Leningradi_Edasi_toimetus, lk 19
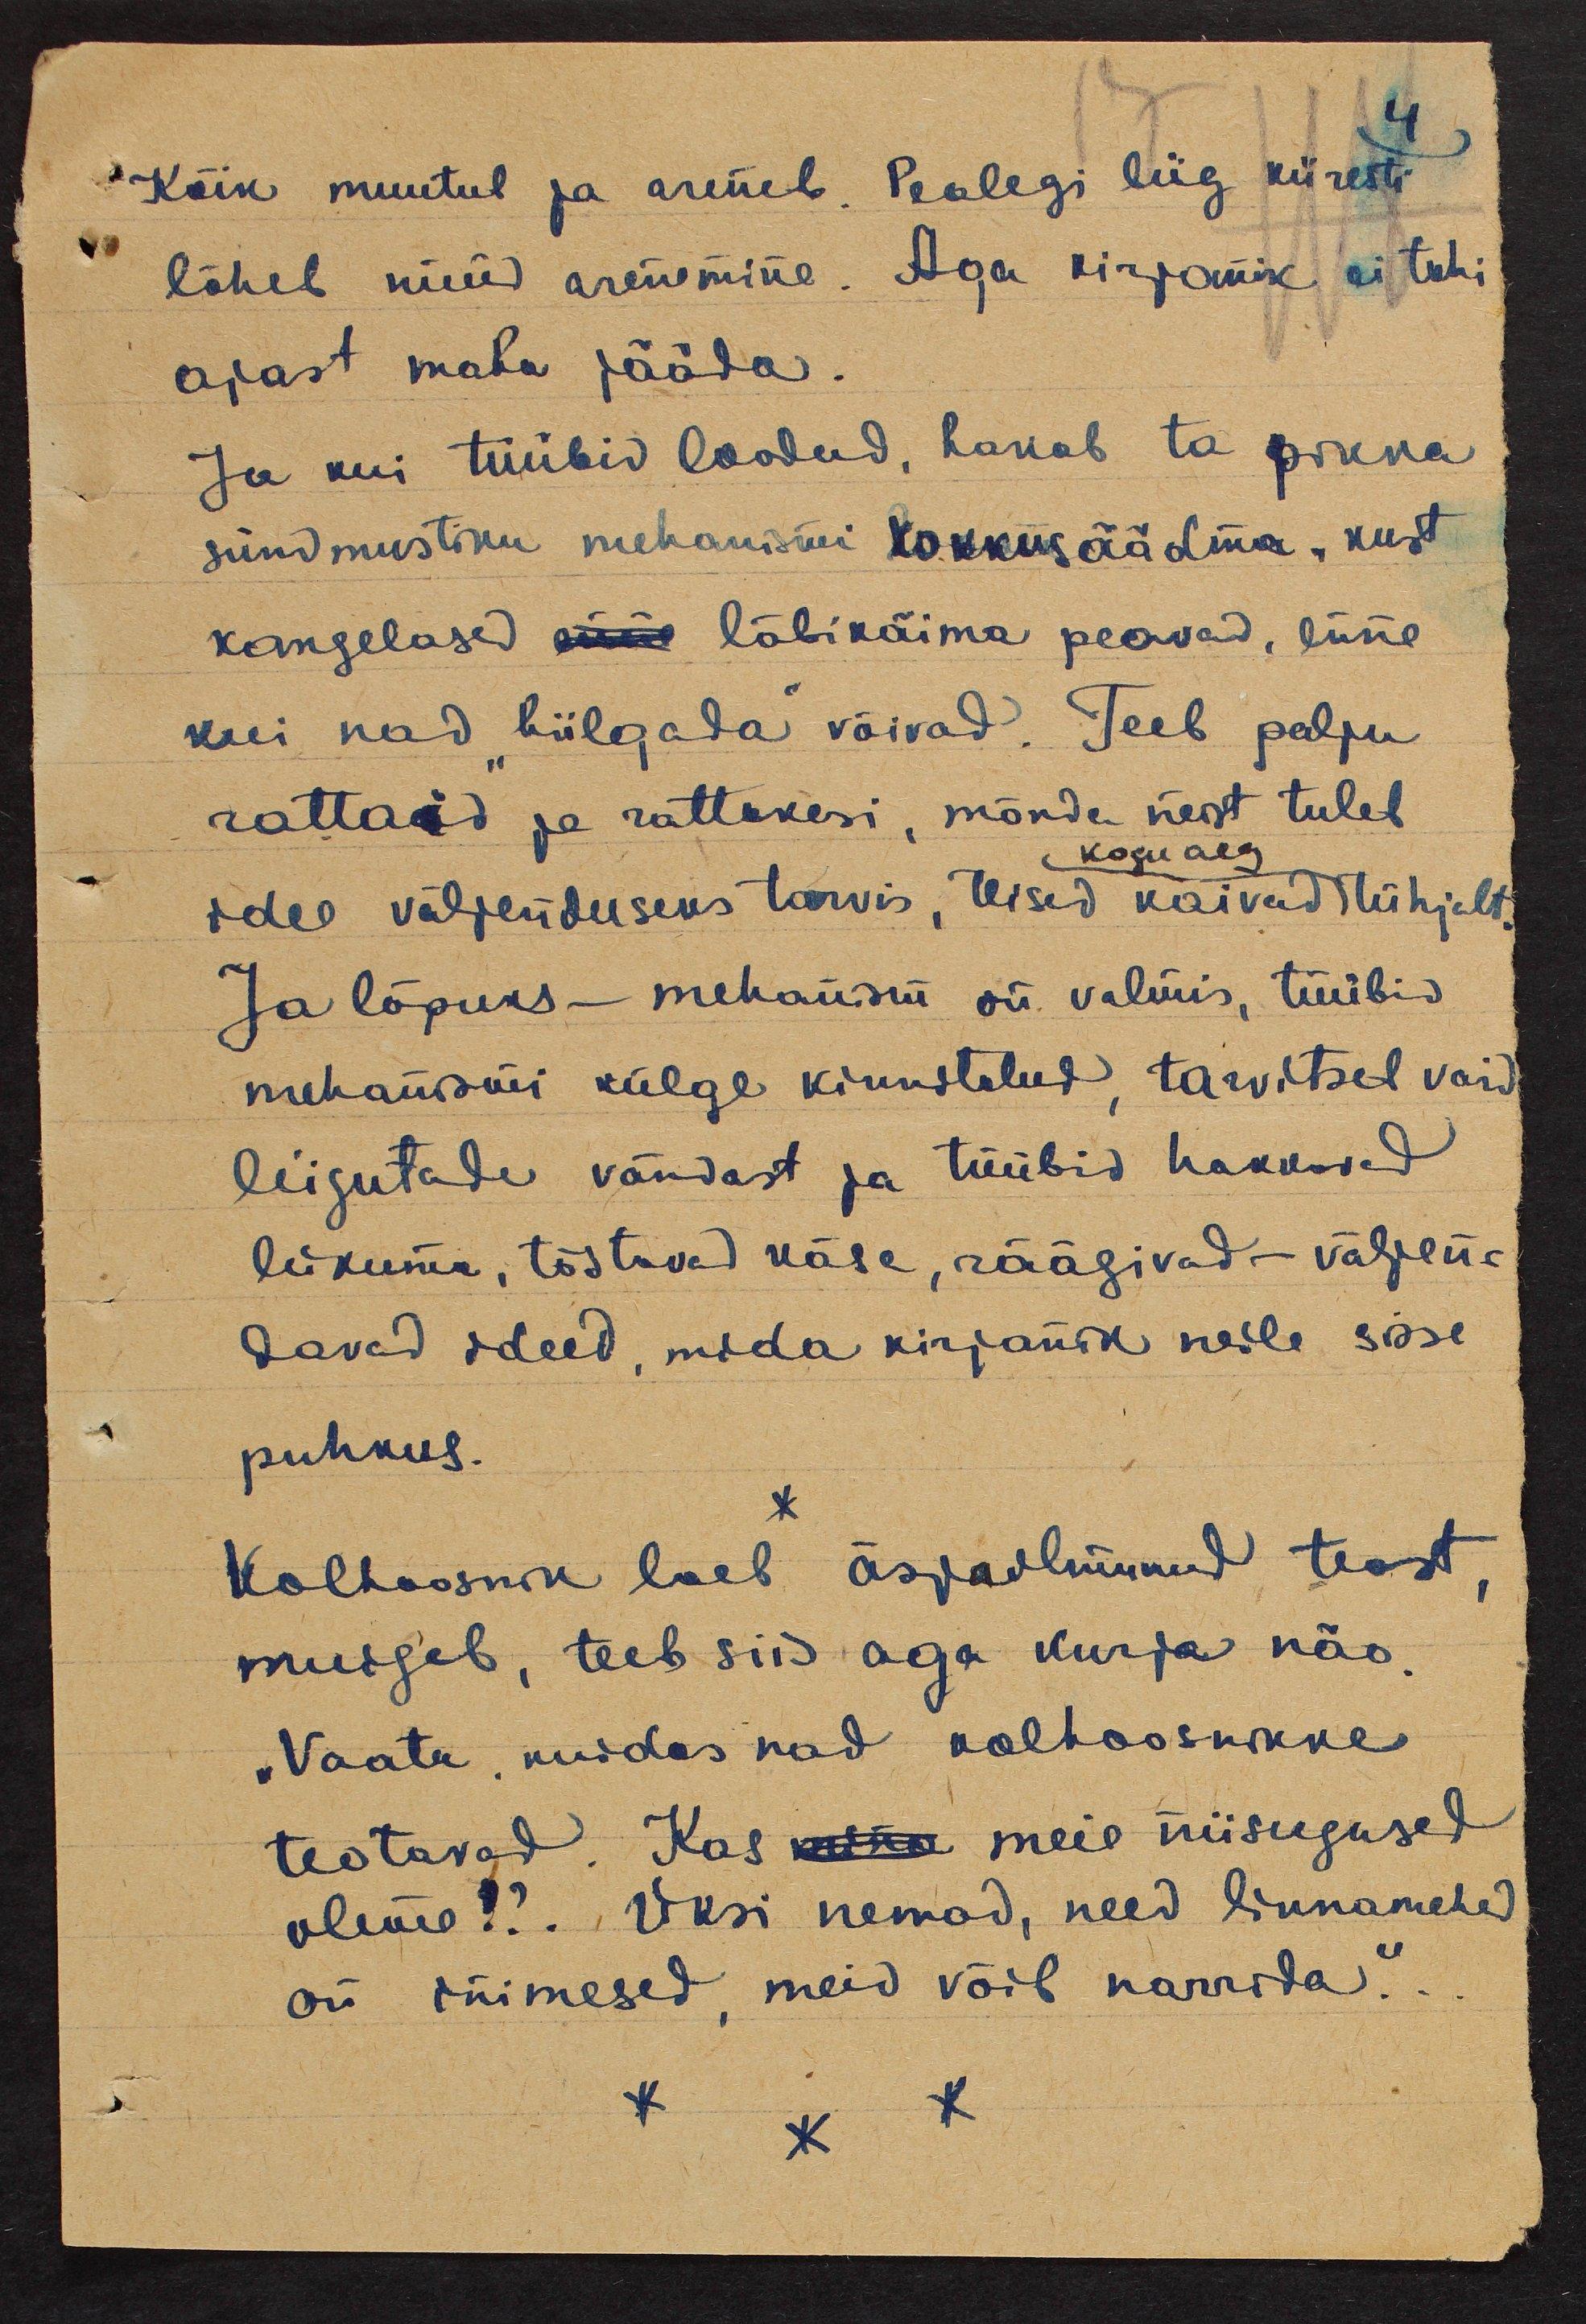
Kõik muutub ja areneb. Pealegi liig kiiresti
läheb nüüd arenemine. Aga kirjanik ei tohi
ajast maha jääda.
Ja kui tüübid loodud, hakab ta pikka
sündmustiku mehanismi kokkusäädma, kust
kangelased nii läbikäima peavad, enne
kui nad "hiilgada" võivad. Teeb palju
rattaid ja rattakesi, mõnda neist tuleb
kogu aeg
idee väljenduseks tarvis, teised käivad tühjalt.
Ja lõpuks - mehanism on valmis, tüübid
mehanismi külge kinnitatud, tarvitseb vaid
liigutade vändast ja tüübid hakkavad
liikuma, tõstavad käse, räägivad - väljen-
davad ideed, mida kirjanik neile sisse
puhkus.
*
Kolhoosnik loeb äsjavalminud teost,
muigab, teeb siis aga kurja näo.
„Vaata, kuides nad kolhoosnikke
teotavad. Kas mina meie niisugused
oleme!?. Üksi nemad, need linnamehed
on inimesed, meid võib narrida"..
***